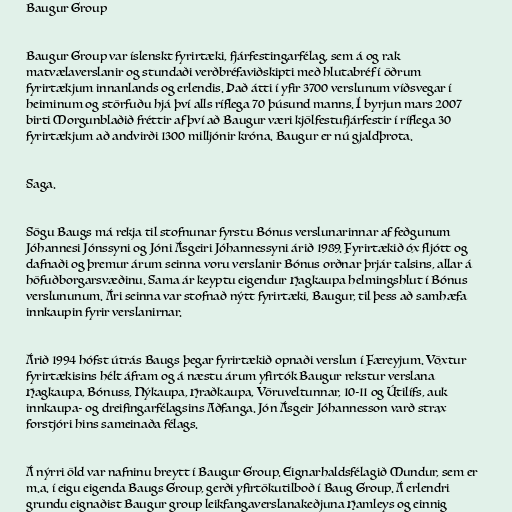
Baugur Group

Baugur Group var íslenskt fyrirtæki, fjárfestingarfélag, sem á og rak
matvælaverslanir og stundaði verðbréfaviðskipti með hlutabréf í öðrum
fyrirtækjum innanlands og erlendis. Það átti í yfir 3700 verslunum víðsvegar í
heiminum og störfuðu hjá því alls ríflega 70 þúsund manns. Í byrjun mars 2007
birti Morgunblaðið fréttir af því að Baugur væri kjölfestufjárfestir í ríflega 30
fyrirtækjum að andvirði 1300 milljónir króna. Baugur er nú gjaldþrota.

Saga.

Sögu Baugs má rekja til stofnunar fyrstu Bónus verslunarinnar af feðgunum
Jóhannesi Jónssyni og Jóni Ásgeiri Jóhannessyni árið 1989. Fyrirtækið óx fljótt og
dafnaði og þremur árum seinna voru verslanir Bónus orðnar þrjár talsins, allar á
höfuðborgarsvæðinu. Sama ár keyptu eigendur Hagkaupa helmingshlut í Bónus
verslununum. Ári seinna var stofnað nýtt fyrirtæki, Baugur, til þess að samhæfa
innkaupin fyrir verslanirnar.

Árið 1994 hófst útrás Baugs þegar fyrirtækið opnaði verslun í Færeyjum. Vöxtur
fyrirtækisins hélt áfram og á næstu árum yfirtók Baugur rekstur verslana
Hagkaupa, Bónuss, Nýkaupa, Hraðkaupa, Vöruveltunnar, 10-11 og Útilífs, auk
innkaupa- og dreifingarfélagsins Aðfanga. Jón Ásgeir Jóhannesson varð strax
forstjóri hins sameinaða félags.

Á nýrri öld var nafninu breytt í Baugur Group. Eignarhaldsfélagið Mundur, sem er
m.a. í eigu eigenda Baugs Group, gerði yfirtökutilboð í Baug Group. Á erlendri
grundu eignaðist Baugur group leikfangaverslanakeðjuna Hamleys og einnig